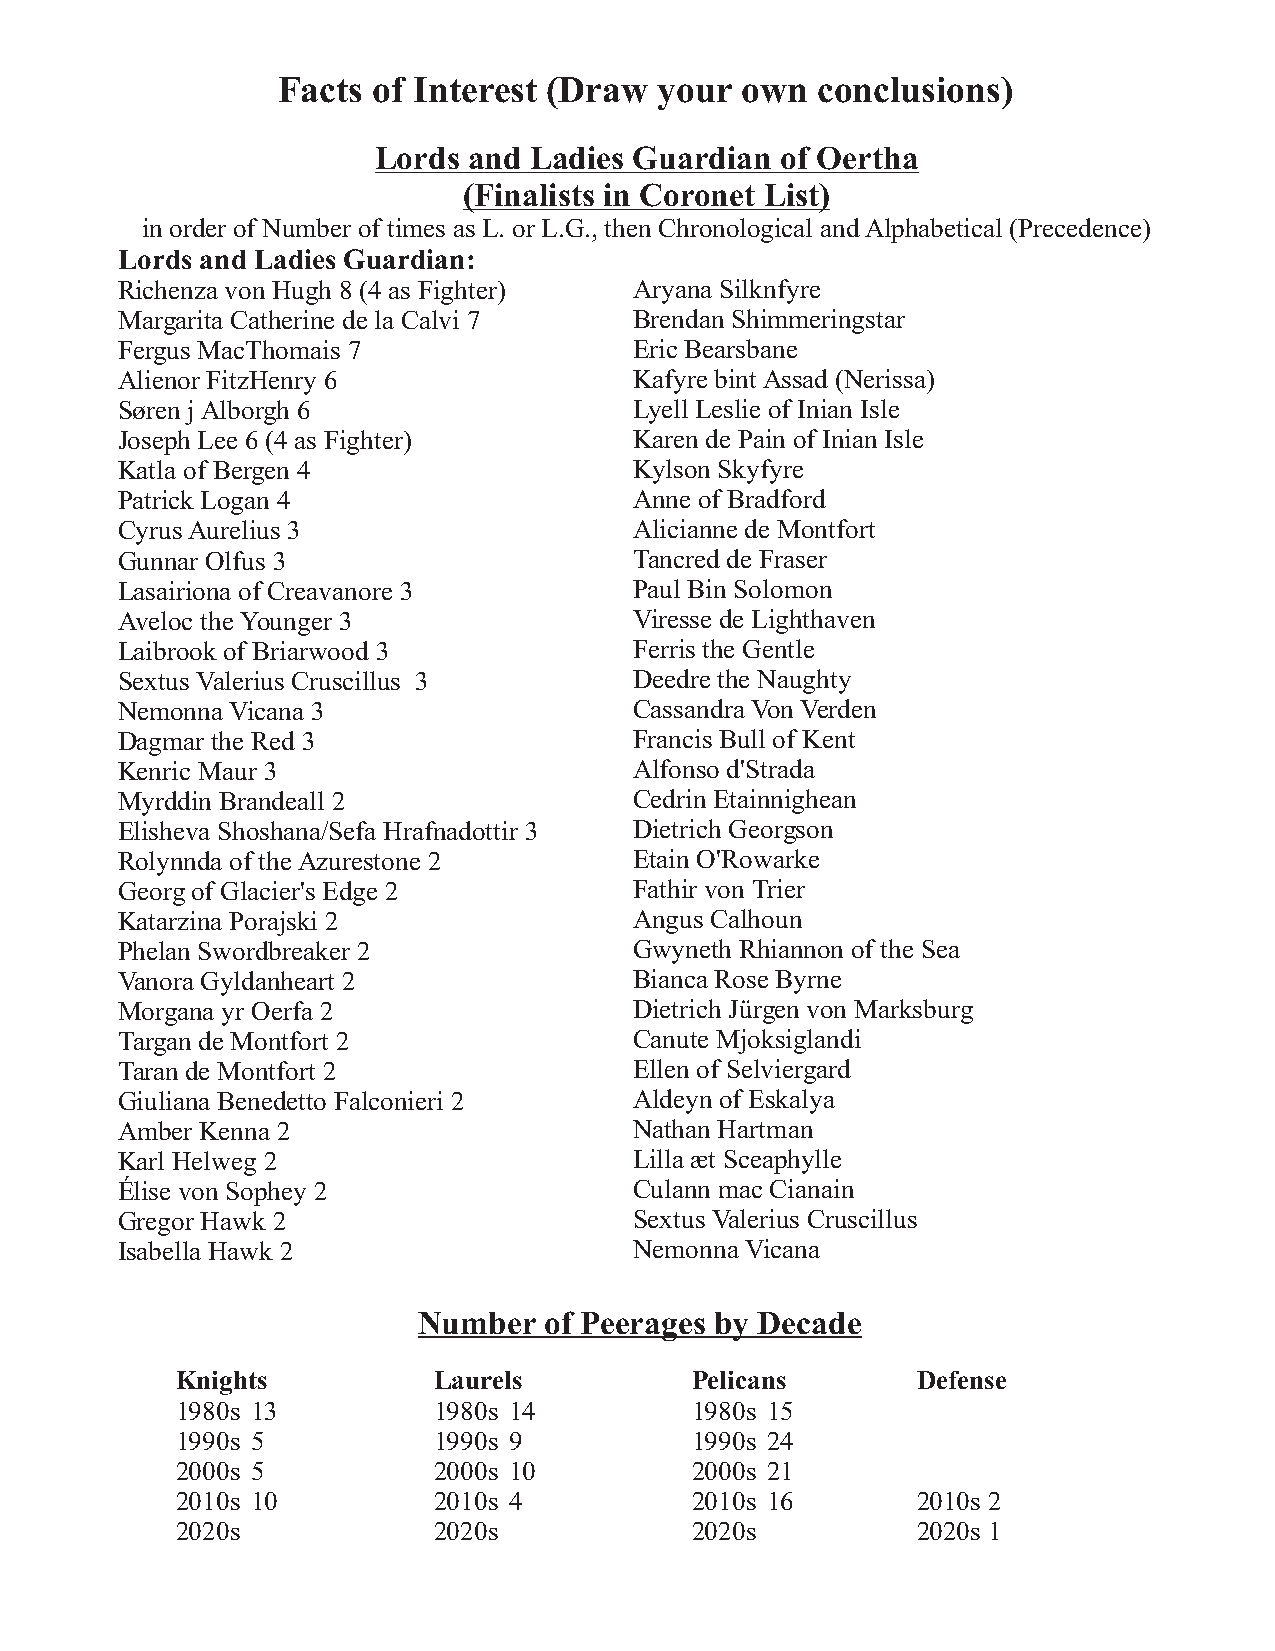
Facts  of Interest (Draw  your own  conclusions)
 Lords and Ladies Guardian  of Oertha
 (Finalists in Coronet List)
 in order of Number of times as L. or L.G., then Chronological and Alphabetical (Precedence)
 Lords and Ladies Guardian:
 Richenza von Hugh 8 (4 as Fighter) Aryana Silknfyre
 Margarita Catherine de la Calvi 7 Brendan Shimmeringstar
 Fergus MacThomais 7               Eric Bearsbane
 Alienor FitzHenry 6               Kafyre bint Assad (Nerissa)
 Søren j Alborgh 6                 Lyell Leslie of Inian Isle
 Joseph Lee 6 (4 as Fighter)       Karen de Pain of Inian Isle
 Katla of Bergen 4                 Kylson Skyfyre
 Patrick Logan 4                   Anne of Bradford
 Cyrus Aurelius 3                  Alicianne de Montfort
 Gunnar Olfus 3                    Tancred de Fraser
 Lasairiona of Creavanore 3        Paul Bin Solomon
 Aveloc the Younger 3              Viresse de Lighthaven
 Laibrook of Briarwood 3           Ferris the Gentle
 Sextus Valerius Cruscillus 3      Deedre the Naughty
 Nemonna Vicana 3                  Cassandra Von Verden
 Dagmar the Red 3                  Francis Bull of Kent
 Kenric Maur 3                     Alfonso d'Strada
 Myrddin Brandeall 2               Cedrin Etainnighean
 Elisheva Shoshana/Sefa Hrafnadottir 3 Dietrich Georgson
 Rolynnda of the Azurestone 2      Etain O'Rowarke
 Georg of Glacier's Edge 2         Fathir von Trier
 Katarzina Porajski 2              Angus Calhoun
 Phelan Swordbreaker 2             Gwyneth Rhiannon of the Sea
 Vanora Gyldanheart 2              Bianca Rose Byrne
 Morgana yr Oerfa 2                Dietrich Jürgen von Marksburg
 Targan de Montfort 2              Canute Mjoksiglandi
 Taran de Montfort 2               Ellen of Selviergard
 Giuliana Benedetto Falconieri 2   Aldeyn of Eskalya
 Amber Kenna 2                     Nathan Hartman
 Karl Helweg 2                     Lilla æt Sceaphylle
 Élise von Sophey 2                Culann mac Cianain
 Gregor Hawk 2                     Sextus Valerius Cruscillus
 Isabella Hawk 2                   Nemonna Vicana
 Number  of Peerages by Decade
 Knights          Laurels          Pelicans       Defense
 1980s 13         1980s 14         1980s 15
 1990s 5          1990s 9          1990s 24
 2000s 5          2000s 10         2000s 21
 2010s 10         2010s 4          2010s 16       2010s 2
 2020s            2020s            2020s          2020s 1